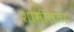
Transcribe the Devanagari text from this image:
शामीलता